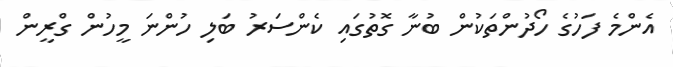
އެންމެ ފަހުގެ ހޯދުންތަކުން ބުނާ ގޮތުގައި ކެންސަރު ބަލި ހުންނަ މީހުން ގްރީން